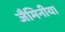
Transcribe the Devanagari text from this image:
जैमिनीय।